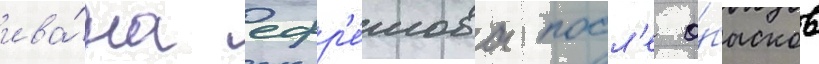
ива́на ефр'е́мова посл'е о́бысков